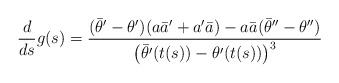
\begin{align*} \frac{d}{ds}g(s)=\frac{(\bar{\theta}'-\theta')(a\bar{a}'+a'\bar{a})-a\bar{a}(\bar{\theta}''-\theta'')}{\left(\bar{\theta}'(t(s))-\theta'(t(s))\right)^3}\end{align*}